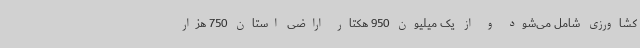
کشاورزی شامل می‌شود و از یک میلیون 950 هکتار اراضی استان 750 هزار